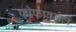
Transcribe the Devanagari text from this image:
फोफावलेलं